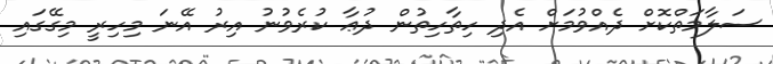
ސަލާމަތްކޮށް ދެއްވުމަށް އެދި ހިތާހިތުން ދުޢާ ކުރެވުނު އިރު އޭނަ މިހިރީ މިގޭގައި